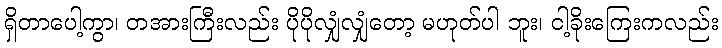
ရှိတာပေါ့ကွာ၊ တအားကြီးလည်း ပိုပိုလျှံလျှံတော့ မဟုတ်ပါ ဘူး၊ ငါ့ခိုးကြေးကလည်း